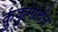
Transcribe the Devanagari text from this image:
कुंकुमार्चन